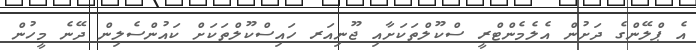
އެ ޕްލޭންގެ ދަށުން އެލެމެންޓްރީ ސްކޫލްތަކަށާއި ޖޫނިއަރ ހައިސްކޫލްތަކަށް ކައުންސެލިން ދޭނެ މީހުން